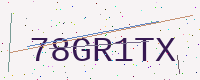
Text: 78GR1TX